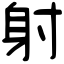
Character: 射